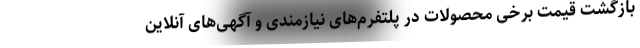
بازگشت قیمت برخی محصولات در پلتفرم‌های نیازمندی و آگهی‌های آنلاین